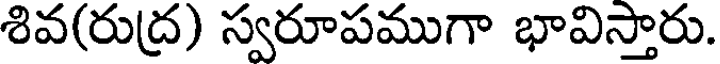
శివ(రుద్ర) స్వరూపముగా భావిస్తారు.